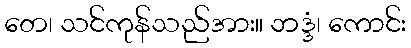
တေ၊ သင်ကုန်သည်အား။ ဘဒ္ဒံ၊ ကောင်း